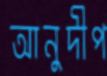
আনুদীপ